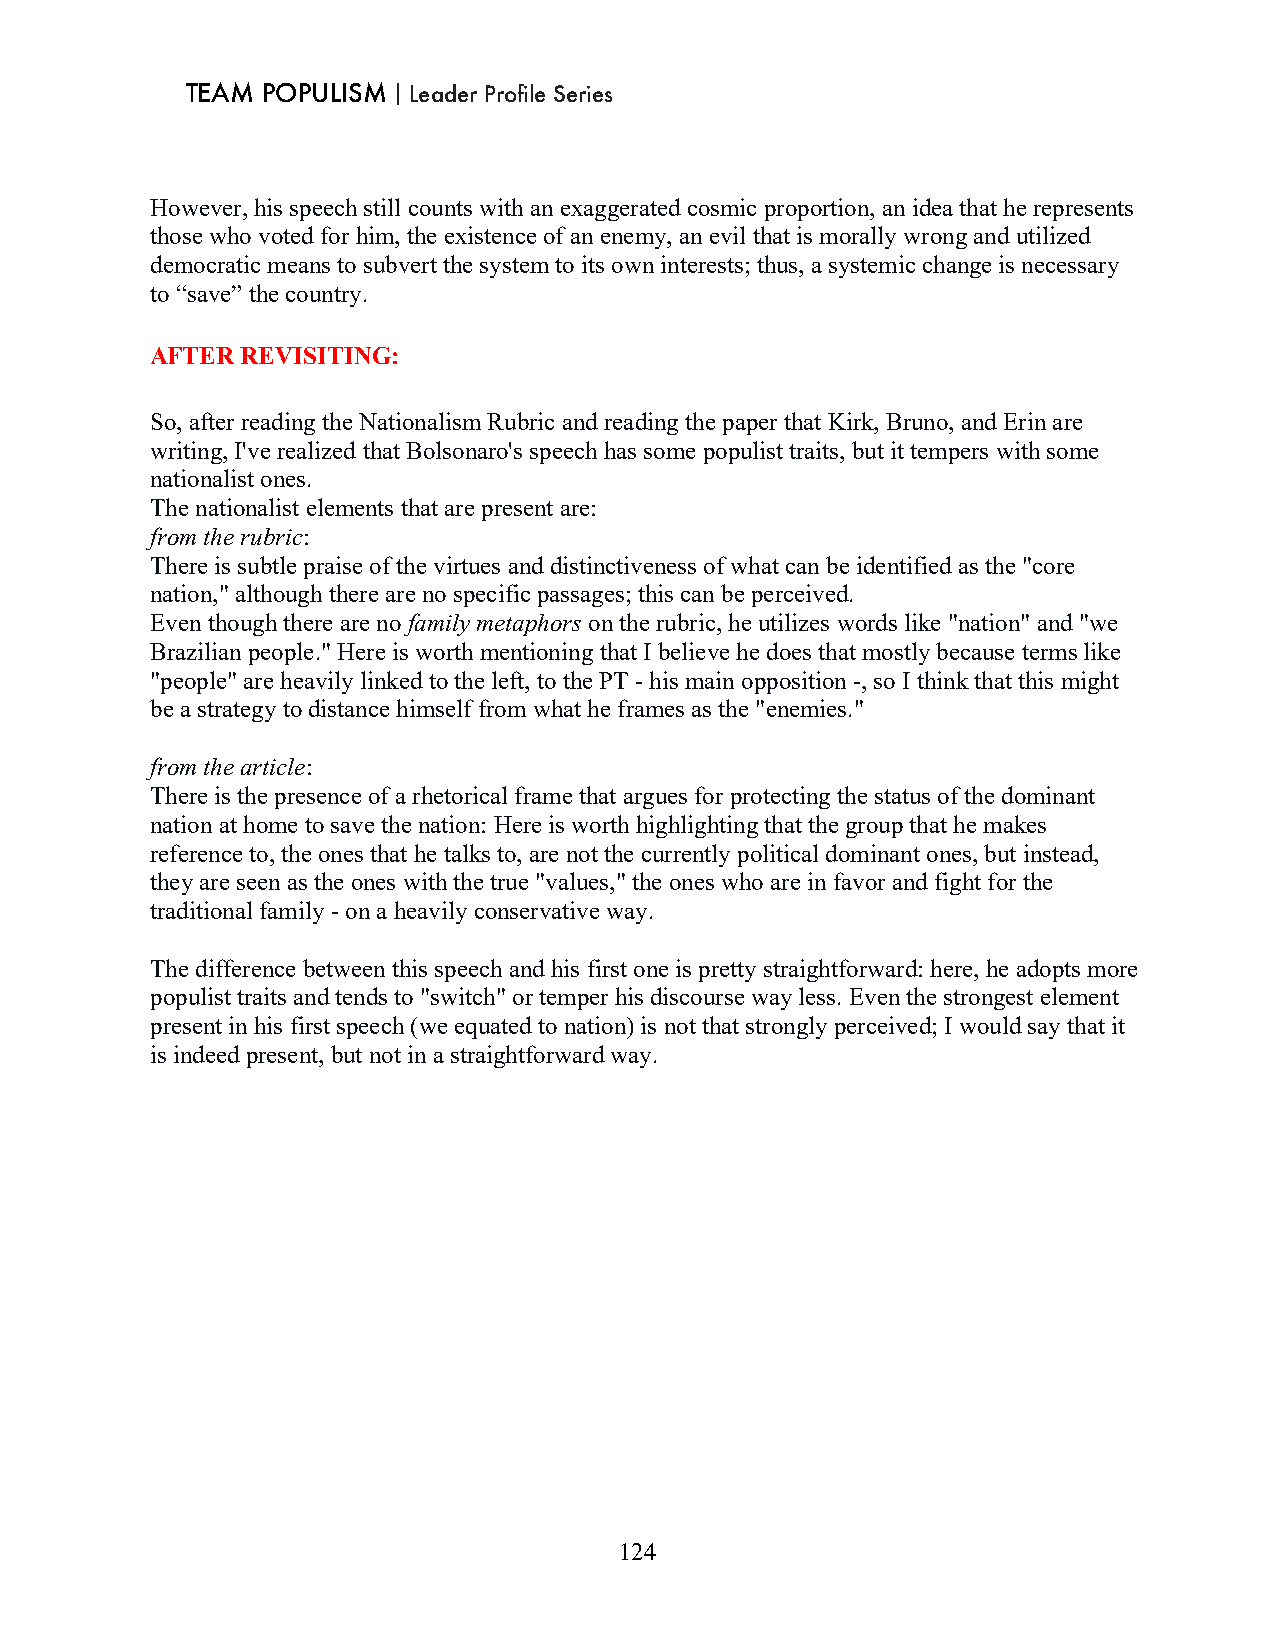
TEAM POPULISM｜Leader Profile Series
 However, his speech still counts with an exaggerated cosmic proportion, an idea that he represents
 those who voted for him, the existence of an enemy, an evil that is morally wrong and utilized
 democratic means to subvert the system to its own interests; thus, a systemic change is necessary
 to “save” the country.
 AFTER REVISITING:
 So, after reading the Nationalism Rubric and reading the paper that Kirk, Bruno, and Erin are
 writing, I've realized that Bolsonaro's speech has some populist traits, but it tempers with some
 nationalist ones.
 The nationalist elements that are present are:
 from the rubric:
 There is subtle praise of the virtues and distinctiveness of what can be identified as the "core
 nation," although there are no specific passages; this can be perceived.
 Even though there are no family metaphors on the rubric, he utilizes words like "nation" and "we
 Brazilian people." Here is worth mentioning that I believe he does that mostly because terms like
 "people" are heavily linked to the left, to the PT - his main opposition -, so I think that this might
 be a strategy to distance himself from what he frames as the "enemies."
 from the article:
 There is the presence of a rhetorical frame that argues for protecting the status of the dominant
 nation at home to save the nation: Here is worth highlighting that the group that he makes
 reference to, the ones that he talks to, are not the currently political dominant ones, but instead,
 they are seen as the ones with the true "values," the ones who are in favor and fight for the
 traditional family - on a heavily conservative way.
 The difference between this speech and his first one is pretty straightforward: here, he adopts more
 populist traits and tends to "switch" or temper his discourse way less. Even the strongest element
 present in his first speech (we equated to nation) is not that strongly perceived; I would say that it
 is indeed present, but not in a straightforward way.
 124